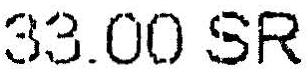
33.00 SR